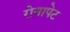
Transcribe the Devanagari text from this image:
रोयापेट